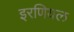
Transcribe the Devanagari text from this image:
इरणियल